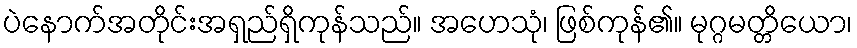
ပဲနောက်အတိုင်းအရှည်ရှိကုန်သည်။ အဟေသုံ၊ ဖြစ်ကုန်၏။ မုဂ္ဂမတ္တိယော၊